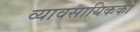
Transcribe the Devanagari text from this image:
व्यावसायिककों